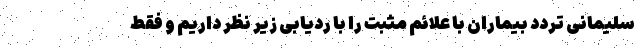
سلیمانی تردد بیماران با علائم مثبت را با ردیابی زیر نظر داریم و فقط